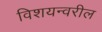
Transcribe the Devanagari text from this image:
विशयन्वरील